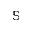
\mathbb { S }